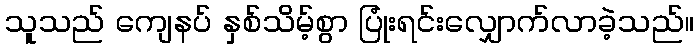
သူသည် ကျေနပ် နှစ်သိမ့်စွာ ပြုံးရင်းလျှောက်လာခဲ့သည်။